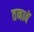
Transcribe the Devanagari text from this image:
तनाबें